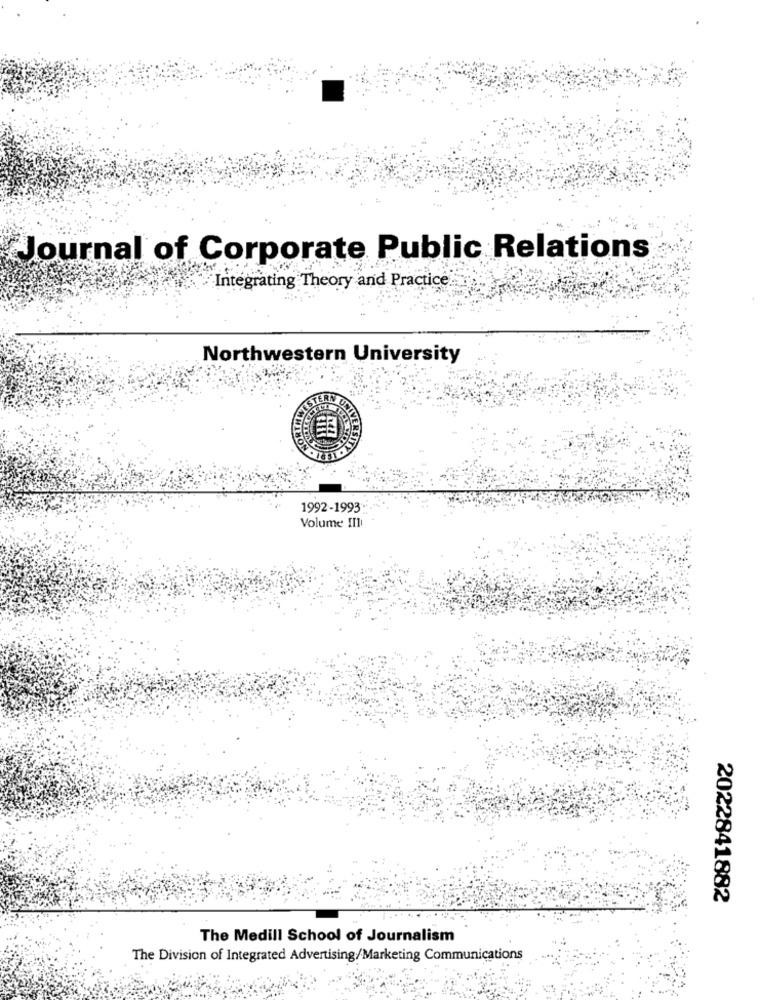
Journal of Corporate Public Relations
Integrating Theory and Practice
Northwestern University
1992-1993:
Volume III
2022841882
The Medill School of Journalism
The Division of Integrated Advertising/Marketing Communications